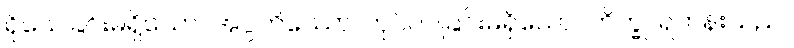
ရိုသေခြင်းမရှိသော။ အပ္ပတိဿော၊ တုပ်ဝပ်ခြင်းမရှိသော။ ဘိက္ခု၊ ရဟန်းသည်။